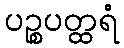
ပဉ္စပတ္ထရံ